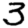
Digit: 3